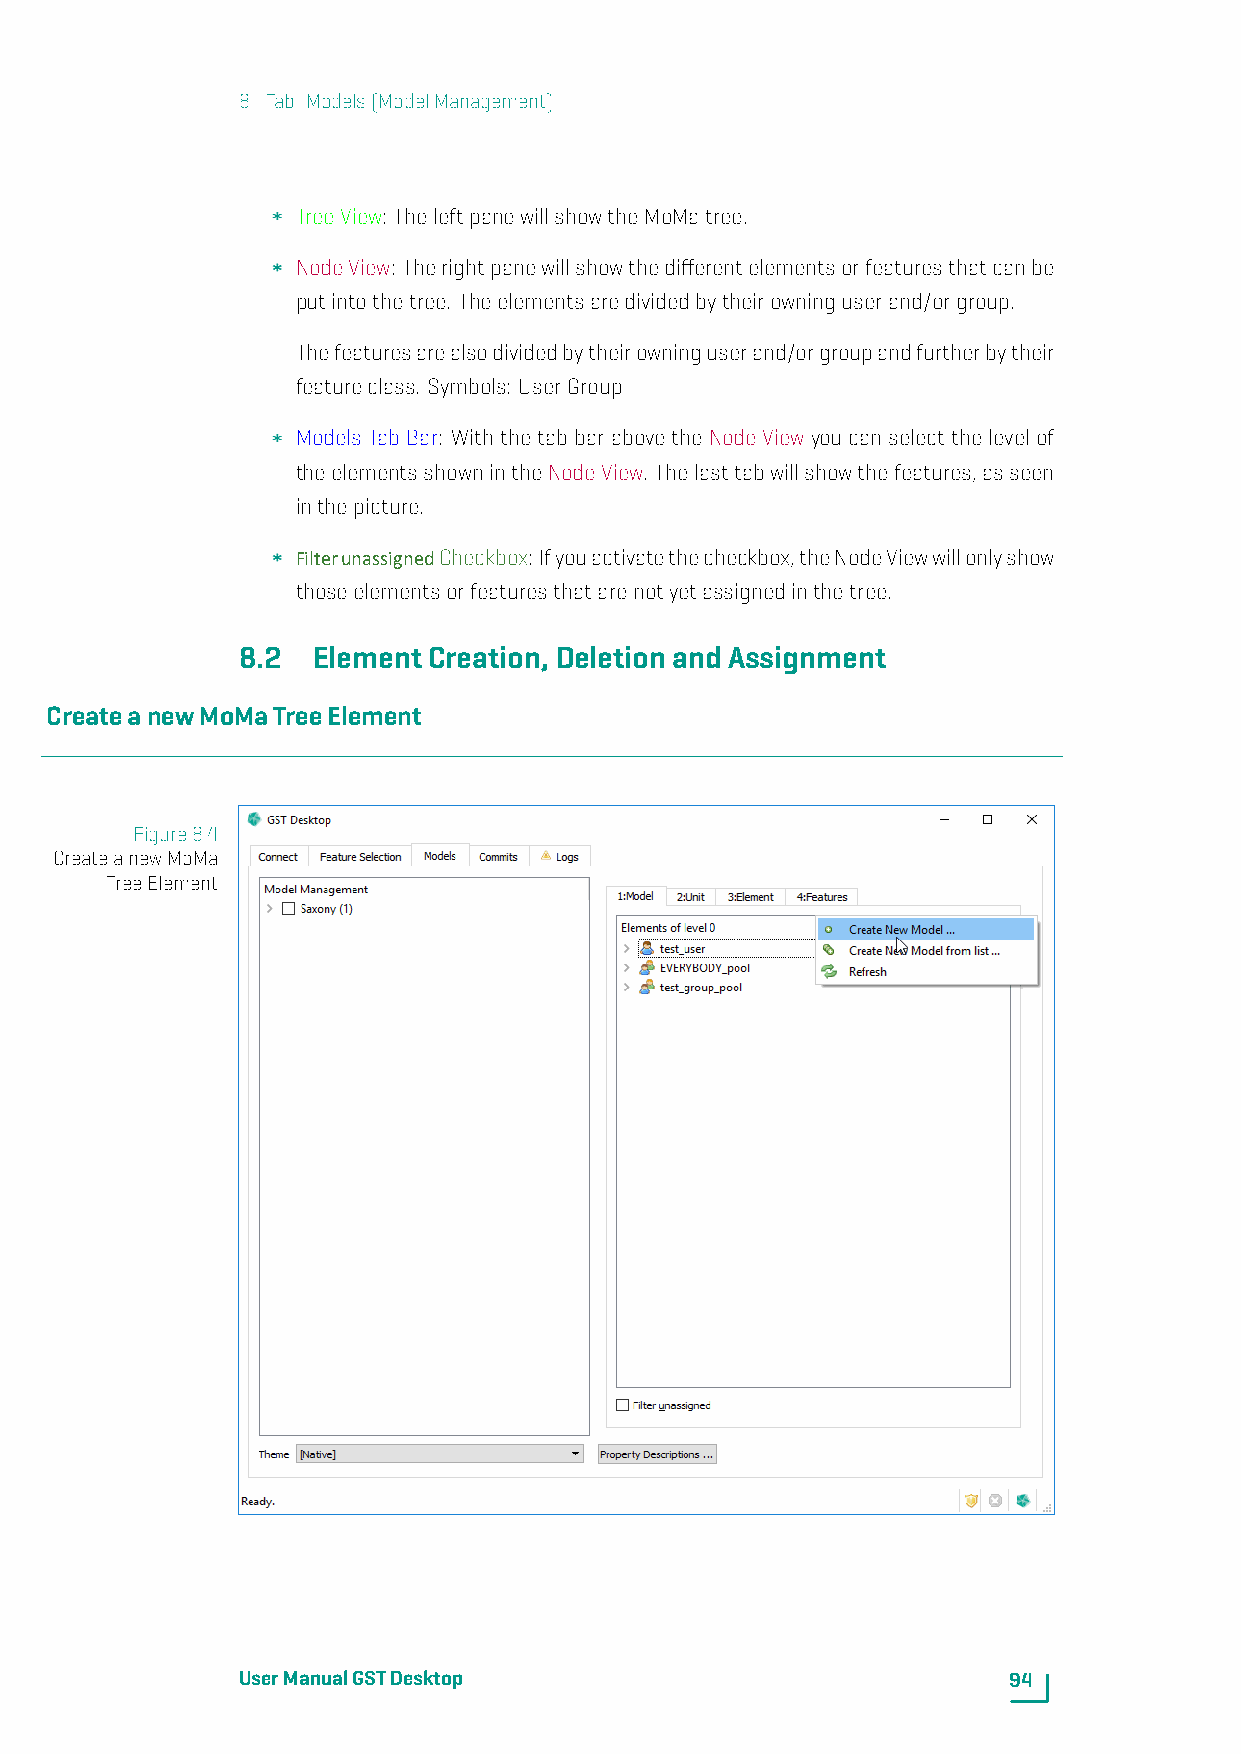
8. Tab: Models(ModelManagement)
 TreeView: TheleftpanewillshowtheMoMatree.
 NodeView: Therightpanewillshowthedifferentelementsorfeaturesthatcanbe
 putintothetree. Theelementsaredividedbytheirowninguserand/orgroup.
 Thefeaturesarealsodividedbytheirowninguserand/orgroupandfurtherbytheir
 featureclass. Symbols: UserGroup
 Models TabBar: With the tab bar abovethe Node View you can select the levelof
 theelementsshownintheNodeView. Thelasttabwillshowthefeatures,asseen
 inthepicture.
 FilterunassignedCheckbox: Ifyouactivatethecheckbox,theNodeViewwillonlyshow
 thoseelementsorfeaturesthatarenotyetassignedinthetree.
 8.2  ElementCreation,DeletionandAssignment
 CreateanewMoMaTreeElement
 Figure8.4
 CreateanewMoMa
 TreeElement
 UserManualGSTDesktop                               94